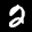
Label: 2